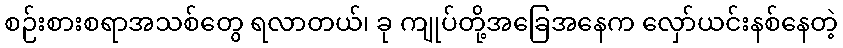
စဉ်းစားစရာအသစ်တွေ ရလာတယ်၊ ခု ကျုပ်တို့အခြေအနေက လှော်ယင်းနစ်နေတဲ့